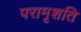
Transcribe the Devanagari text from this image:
परामृशति